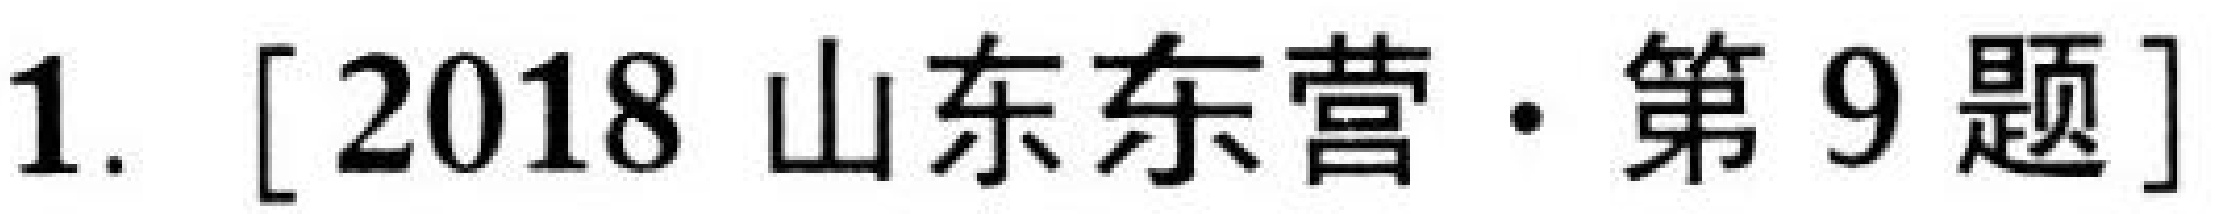
1. [2018 山东东营·第9题]